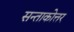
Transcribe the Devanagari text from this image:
सन्ताकोत्तर